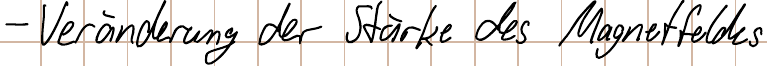
- Veränderung der Stärke des Magnetfeldes